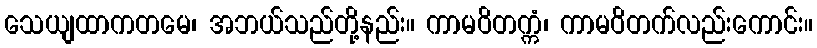
သေယျထာကတမေ၊ အဘယ်သည်တို့နည်း။ ကာမဝိတက္ကံ၊ ကာမဝိတက်လည်းကောင်း။